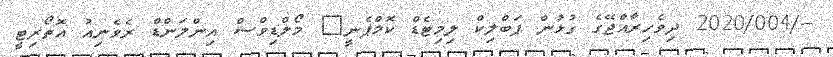
--/2020/004 ދިވެހިރާއްޖޭގެ ގުޅުން ޕަބްލިކް ލިމިޓެޑް ކޮމްޕެނީ	 މޯލްޑިވްސް އިންލަންޑް ރެވެނިއު އޮތޯރިޓީ